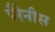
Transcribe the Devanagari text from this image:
पैरेनीस